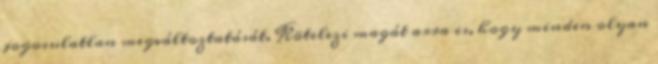
jogosulatlan megváltoztatását. Kötelezi magát arra is, hogy minden olyan